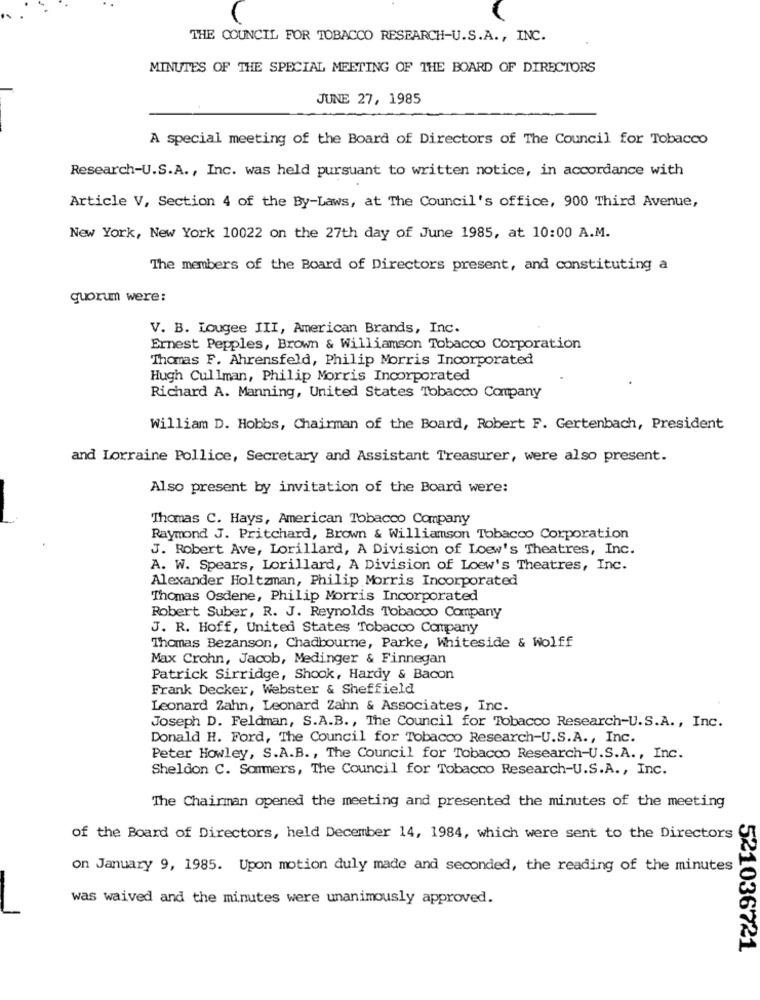
THE COUNCIL FOR TOBACCO RESEARCH-U.S.A ., INC.
MINUTES OF THE SPECIAL MEETING OF THE BOARD OF DIRECTORS
JUNE 27, 1985
A special meeting of the Board of Directors of The Council for Tobacco
Research-U.S.A ., Inc. was held pursuant to written notice, in accordance with
Article V, Section 4 of the By-Laws, at The Council's office, 900 Third Avenue,
New York, New York 10022 on the 27th day of June 1985, at 10:00 A.M.
The members of the Board of Directors present, and constituting a
quorum were:
V. B. Lougee III, American Brands, Inc.
Ernest Pepples, Brown & Williamson Tobacco Corporation
Thomas F. Ahrensfeld, Philip Morris Incorporated
Hugh Cullman, Philip Morris Incorporated
Richard A. Manning, United States Tobacco Company
William D. Hobbs, Chairman of the Board, Robert F. Gertenbach, President
and Lorraine Pollice, Secretary and Assistant Treasurer, were also present.
Also present by invitation of the Board were:
Thomas C. Hays, American Tobacco Company
Raymond J. Pritchard, Brown & Williamson Tobacco Corporation
J. Robert Ave, Lorillard, A Division of Loew's Theatres, Inc.
A. W. Spears, Lorillard, A Division of Loew's Theatres, Inc.
Alexander Holtzman, Philip Morris Incorporated
Thomas Osdene, Philip Morris Incorporated
Robert Suber, R. J. Reynolds Tobacco Company
J. R. Hoff, United States Tobacco Company
Thomas Bezanson, Chadbourne, Parke, Whiteside & wolff
Max Crohn, Jacob, Medinger & Finnegan
Patrick Sirridge, Shook, Hardy & Bacon
Frank Decker, Webster & Sheffield
Leonard Zahn, Leonard Zahn & Associates, Inc.
Joseph D. Feldman, S.A.B ., The Council for Tobacco Research-U.S.A ., Inc.
Donald H. Ford, The Council for Tobacco Research-U.S.A ., Inc.
Peter Howley, S.A.B ., The Council for Tobacco Research-U.S.A ., Inc.
Sheldon C. Sommers, The Council for Tobacco Research-U.S.A ., Inc.
The Chairman opened the meeting and presented the minutes of the meeting
of the Board of Directors, held December 14, 1984, which were sent to the Directors
on January 9, 1985. Upon motion duly made and seconded, the reading of the minutes
was waived and the minutes were unanimously approved.
521036721